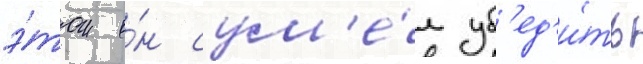
э́том о́н сум'е́л уб'ед'и́ть